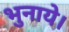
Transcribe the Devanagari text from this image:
भुनाये।